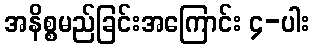
အနိစ္စမည်ခြင်းအကြောင်း ၄-ပါး